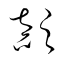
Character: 顚